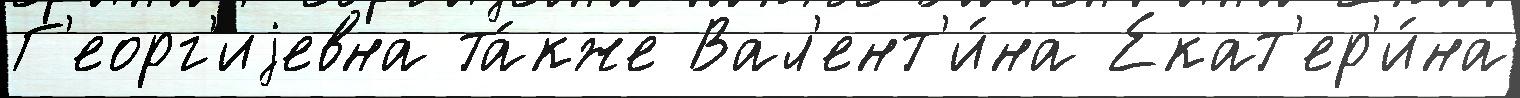
Г'еорг'иjевна та́кже Вал'ент'и́на Екат'ер'и́на